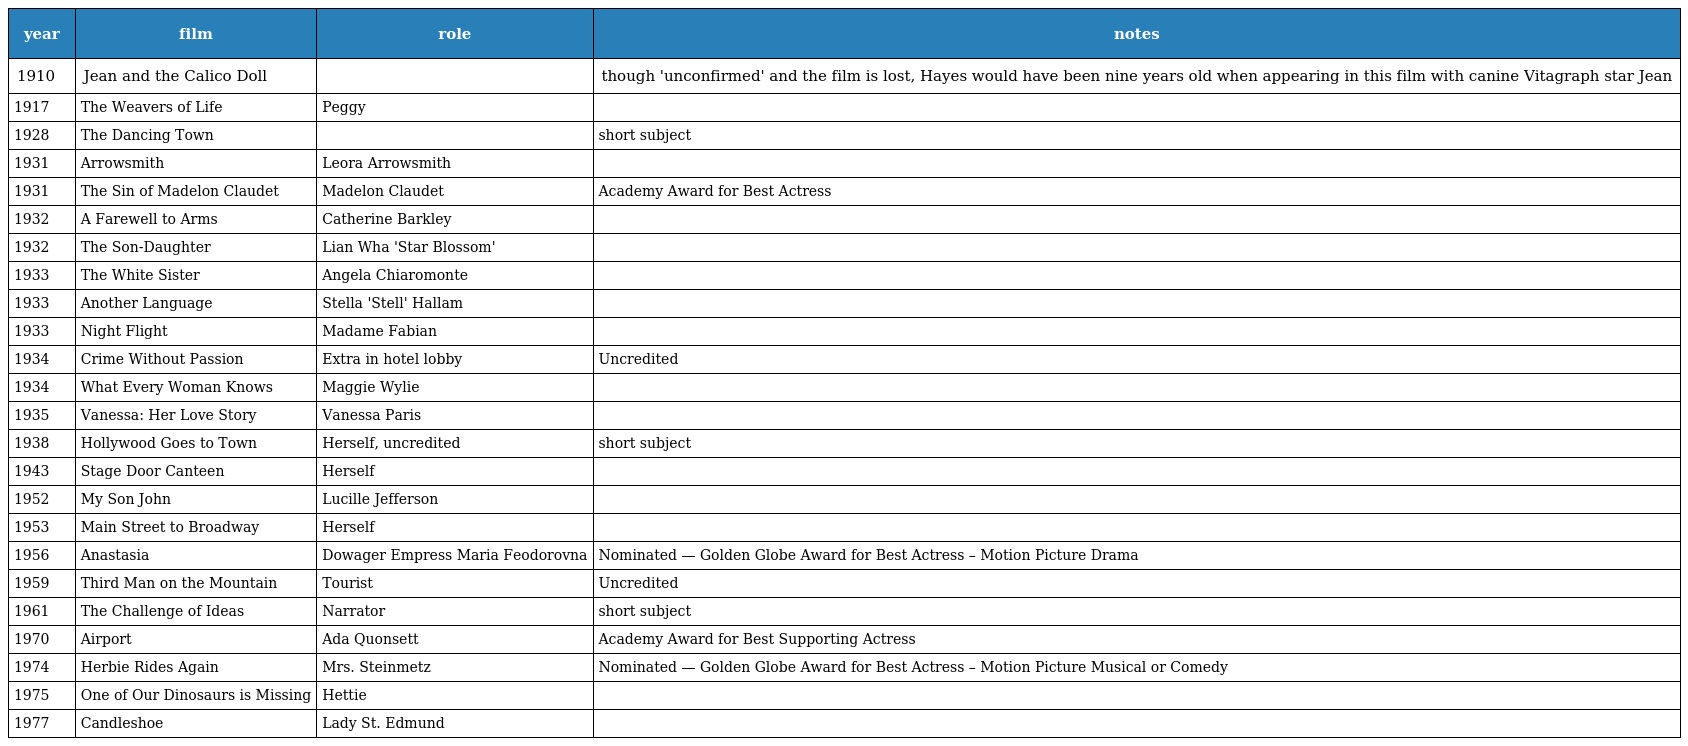
| year | film | role | notes |
 | --- | --- | --- | --- |
 | 1910 | Jean and the Calico Doll |  | though 'unconfirmed' and the film is lost, Hayes would have been nine years old when appearing in this film with canine Vitagraph star Jean |
 | 1917 | The Weavers of Life | Peggy |  |
 | 1928 | The Dancing Town |  | short subject |
 | 1931 | Arrowsmith | Leora Arrowsmith |  |
 | 1931 | The Sin of Madelon Claudet | Madelon Claudet | Academy Award for Best Actress |
 | 1932 | A Farewell to Arms | Catherine Barkley |  |
 | 1932 | The Son-Daughter | Lian Wha 'Star Blossom' |  |
 | 1933 | The White Sister | Angela Chiaromonte |  |
 | 1933 | Another Language | Stella 'Stell' Hallam |  |
 | 1933 | Night Flight | Madame Fabian |  |
 | 1934 | Crime Without Passion | Extra in hotel lobby | Uncredited |
 | 1934 | What Every Woman Knows | Maggie Wylie |  |
 | 1935 | Vanessa: Her Love Story | Vanessa Paris |  |
 | 1938 | Hollywood Goes to Town | Herself, uncredited | short subject |
 | 1943 | Stage Door Canteen | Herself |  |
 | 1952 | My Son John | Lucille Jefferson |  |
 | 1953 | Main Street to Broadway | Herself |  |
 | 1956 | Anastasia | Dowager Empress Maria Feodorovna | Nominated — Golden Globe Award for Best Actress – Motion Picture Drama |
 | 1959 | Third Man on the Mountain | Tourist | Uncredited |
 | 1961 | The Challenge of Ideas | Narrator | short subject |
 | 1970 | Airport | Ada Quonsett | Academy Award for Best Supporting Actress |
 | 1974 | Herbie Rides Again | Mrs. Steinmetz | Nominated — Golden Globe Award for Best Actress – Motion Picture Musical or Comedy |
 | 1975 | One of Our Dinosaurs is Missing | Hettie |  |
 | 1977 | Candleshoe | Lady St. Edmund |  |